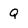
Character: Q